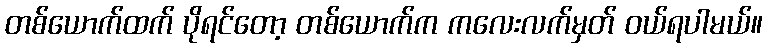
တစ်ယောက်ထက် ပိုရင်တော့ တစ်ယောက်က ကလေးလက်မှတ် ဝယ်ရပါမယ်။